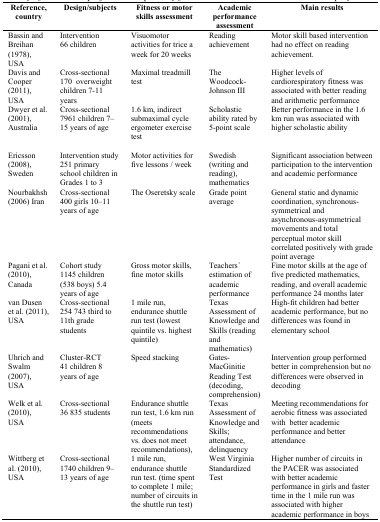
<table><thead><tr><td><b>Reference, country</b></td><td><b>Design/subjects</b></td><td><b>Fitness or motor skills assessment</b></td><td><b>Academic performance assessment</b></td><td><b>Main results</b></td></tr></thead><tbody><tr><td>Bassin and Breihan (1978), USA</td><td>Intervention 66 children</td><td>Visuomotor activities for trice a week for 20 weeks</td><td>Reading achievement</td><td>Motor skill based intervention had no effect on reading achievement.</td></tr><tr><td>Davis and Cooper (2011), USA</td><td>Cross-sectional 170 overweight children 7–11 years</td><td>Maximal treadmill test</td><td>The Woodcock-Johnson III</td><td>Higher levels of cardiorespiratory fitness was associated with better reading and arithmetic performance</td></tr><tr><td>Dwyer et al. (2001), Australia</td><td>Cross-sectional 7961 children 7–15 years of age</td><td>1.6 km, indirect submaximal cycle ergometer exercise test</td><td>Scholastic ability rated by 5-point scale</td><td>Better performance in the 1.6 km run was associated with higher scholastic ability</td></tr><tr><td>Ericsson (2008), Sweden</td><td>Intervention study 251 primary school children in Grades 1 to 3</td><td>Motor activities for five lessons / week</td><td>Swedish (writing and reading), mathematics</td><td>Significant association between participation to the intervention and academic performance</td></tr><tr><td>Nourbakhsh (2006) Iran</td><td>Cross-sectional 400 girls 10–11 years of age</td><td>The Oseretsky scale</td><td>Grade point average</td><td>General static and dynamic coordination, synchronous-symmetrical and asynchronous-asymmetrical movements and total perceptual motor skill correlated positively with grade point average</td></tr><tr><td>Pagani et al. (2010), Canada</td><td>Cohort study 1145 children (538 boys) 5.4 years of age</td><td>Gross motor skills, fine motor skills</td><td>Teachers’ estimation of academic performance</td><td>Fine motor skills at the age of five predicted mathematics, reading, and overall academic performance 24 months later</td></tr><tr><td>van Dusen et al. (2011), USA</td><td>Cross-sectional 254 743 third to 11th grade students</td><td>1 mile run, endurance shuttle run test (lowest quintile vs. highest quintile)</td><td>Texas Assessment of Knowledge and Skills (reading and mathematics)</td><td>High-fit children had better academic performance, but no differences was found in elementary school</td></tr><tr><td>Uhrich and Swalm (2007), USA</td><td>Cluster-RCT 41 children 8 years of age</td><td>Speed stacking</td><td>Gates-MacGinitie Reading Test (decoding, comprehension)</td><td>Intervention group performed better in comprehension but no differences were observed in decoding</td></tr><tr><td>Welk et al. (2010), USA</td><td>Cross-sectional 36 835 students</td><td>Endurance shuttle run test, 1.6 km run (meets recommendations vs. does not meet recommendations),</td><td>Texas Assessment of Knowledge and Skills; attendance, delinquency</td><td>Meeting recommendations for aerobic fitness was associated with better academic performance and better attendance</td></tr><tr><td>Wittberg et al. (2010), USA</td><td>Cross-sectional 1740 children 9–13 years of age</td><td>1 mile run, endurance shuttle run test. (time spent to complete 1 mile; number of circuits in the shuttle run test)</td><td>West Virginia Standardized Test</td><td>Higher number of circuits in the PACER was associated with better academic performance in girls and faster time in the 1 mile run was associated with higher academic performance in boys</td></tr></tbody></table>